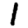
Digit: 1